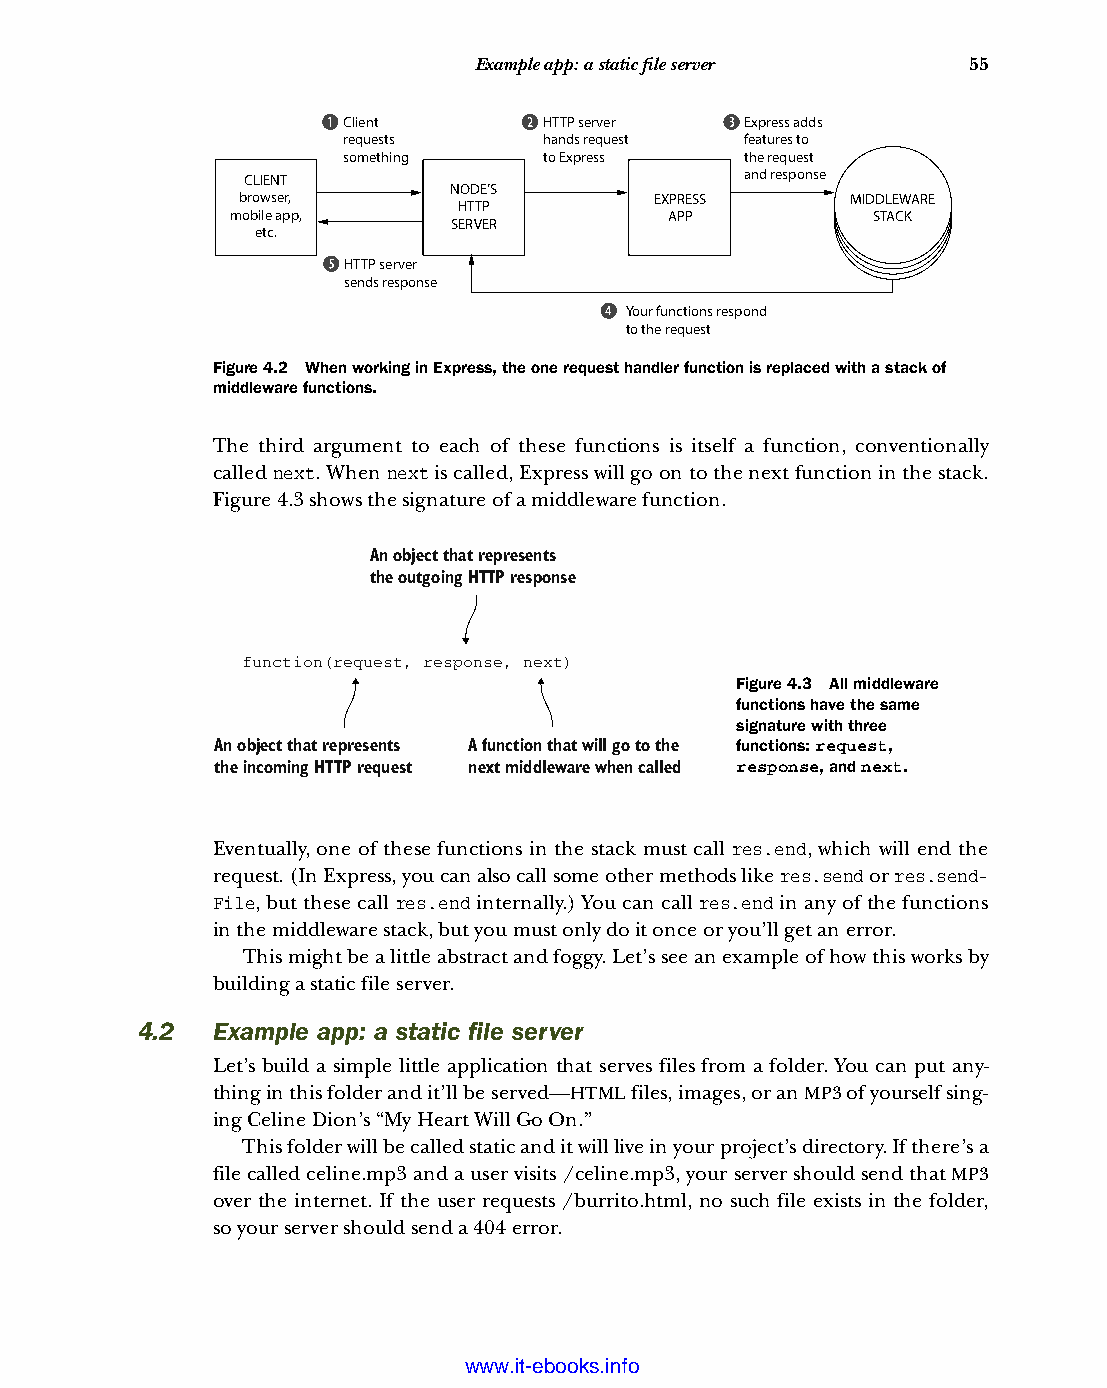
Example app: a static file server 55
 Client       HTTP server  Express adds
 requests     hands request features to
 something    to Express   the request
 CLIENT                           and response
 NODE’S
 browser,                   EXPRESS      MIDDLEWARE
 HTTP
 mobile app,                  APP           STACK
 SERVER
 etc.
 HTTP server
 sends response
 Your functions respond
 to the request
 Figure 4.2 When working in Express, the one request handler function is replaced with a stack of
 middleware functions.
 The third argument to each of these functions is itself a function, conventionally
 called next. When next is called, Express will go on to the next function in the stack.
 Figure 4.3 shows the signature of a middleware function.
 An object that represents
 the outgoing HTTP response
 function(request, response, next)
 Figure 4.3 All middleware
 functions have the same
 signature with three
 An object that represents A function that will go to the functions: request,
 the incoming HTTP request next middleware when called response, and next.
 Eventually, one of these functions in the stack must call res.end, which will end the
 request. (In Express, you can also call some other methods like res.send or res.send-
 File, but these call res.end internally.) You can call res.end in any of the functions
 in the middleware stack, but you must only do it once or you’ll get an error.
 This might be a little abstract and foggy. Let’s see an example of how this works by
 building a static file server.
 4.2  Example app: a static file server
 Let’s build a simple little application that serves files from a folder. You can put any-
 thing in this folder and it’ll be served—HTML files, images, or an MP3 of yourself sing-
 ing Celine Dion’s “My Heart Will Go On.”
 This folder will be called static and it will live in your project’s directory. If there’s a
 file called celine.mp3 and a user visits /celine.mp3, your server should send that MP3
 over the internet. If the user requests /burrito.html, no such file exists in the folder,
 so your server should send a 404 error.
 Licensed wtow w <.mit-ielebro.8o8k8s@.ingfomail.com>